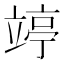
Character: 𥪜